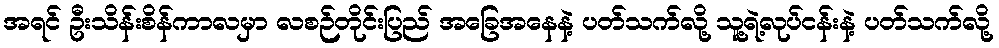
အရင် ဦးသိန်းစိန်ကာလမှာ လစဉ်တိုင်းပြည် အခြေအနေနဲ့ ပတ်သက်လို့ သူ့ရဲ့လုပ်ငန်းနဲ့ ပတ်သက်လို့